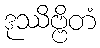
ဒုဿိဗ္ဗိတံ